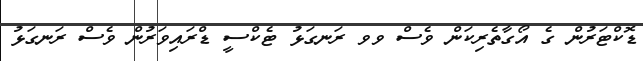
ޑޮކްޓަރުން ގެ އޯގާތެރިކަން ވެސް ވވ ރަނގަޅު ޓެކްސީ ޑްރައިވަރުން ވެސް ރަނގަޅު